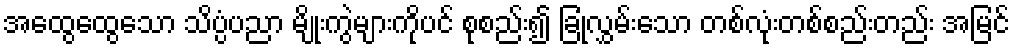
အထွေထွေသော သိပ္ပံပညာ မျိုးကွဲများကိုပင် စုစည်း၍ ခြုံလွှမ်းသော တစ်လုံးတစ်စည်းတည်း အမြင်